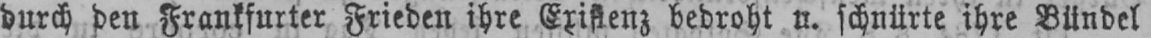
durch den Frankfurter Frieden ihre Existenz bedroht u. schnürte ihre Bündel